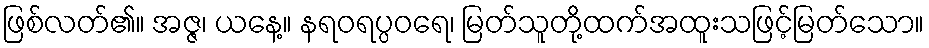
ဖြစ်လတ်၏။ အဇ္ဇ၊ ယနေ့။ နရဝရပ္ပဝရေ၊ မြတ်သူတို့ထက်အထူးသဖြင့်မြတ်သော။